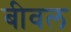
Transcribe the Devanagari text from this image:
बीवल